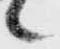
候